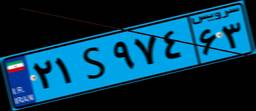
۸۱S۴۸۹۶۵